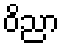
ဝိညာ